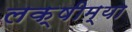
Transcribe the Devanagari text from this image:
लक्षीम्या